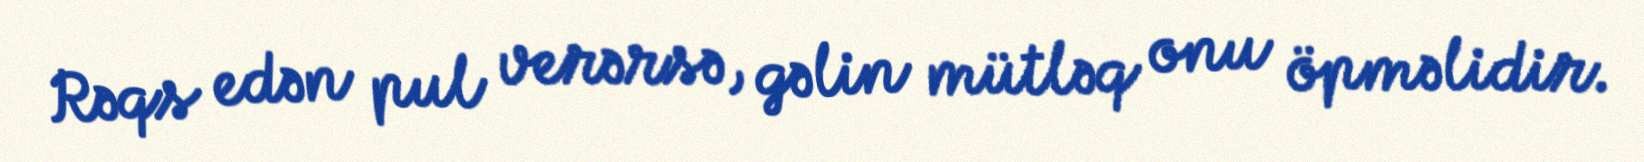
Rəqs edən pul verərsə, gəlin mütləq onu öpməlidir.